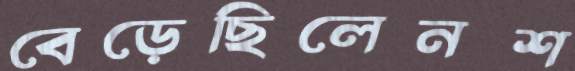
বেড়েছিলেনশ